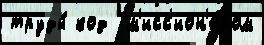
труды́ код  м'исс'ион'е́ром